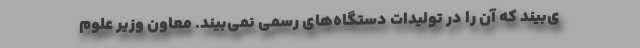
ی‌بیند که آن را در تولیدات دستگاه‌های رسمی نمی‌بیند. معاون وزیر علوم